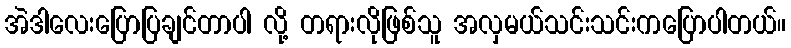
အဲဒါလေးပြောပြချင်တာပါ လို့ တရားလိုဖြစ်သူ အလှမယ်သင်းသင်းကပြောပါတယ်။